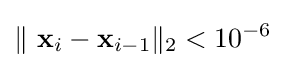
\|\ \mathbf {x} _{i}-\mathbf {x} _{i-1}\|_{2}<10^{-6}